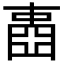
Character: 𡈋